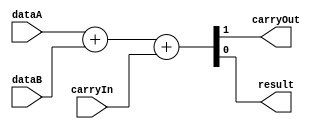
/******************************************************************************
 ** Logisim-evolution goes FPGA automatic generated Verilog code             **
 ** https://github.com/logisim-evolution/                                    **
 **                                                                          **
 ** Component : Adder                                                        **
 **                                                                          **
 *****************************************************************************/

module Adder( carryIn,
              carryOut,
              dataA,
              dataB,
              result );

   /*******************************************************************************
   ** Here all module parameters are defined with a dummy value                  **
   *******************************************************************************/
   parameter extendedBits = 1;
   parameter nrOfBits = 1;

   /*******************************************************************************
   ** The inputs are defined here                                                **
   *******************************************************************************/
   input                carryIn;
   input [nrOfBits-1:0] dataA;
   input [nrOfBits-1:0] dataB;

   /*******************************************************************************
   ** The outputs are defined here                                               **
   *******************************************************************************/
   output                carryOut;
   output [nrOfBits-1:0] result;

   /*******************************************************************************
   ** The wires are defined here                                                 **
   *******************************************************************************/
   wire [extendedBits-1:0] s_extendedDataA;
   wire [extendedBits-1:0] s_extendedDataB;
   wire [extendedBits-1:0] s_sumResult;

   /*******************************************************************************
   ** The module functionality is described here                                 **
   *******************************************************************************/
   assign   {carryOut, result} = dataA + dataB + carryIn;

endmodule
/******************************************************************************
 ** Logisim-evolution goes FPGA automatic generated Verilog code             **
 ** https://github.com/logisim-evolution/                                    **
 **                                                                          **
 ** Component : REGISTER_FLIP_FLOP                                           **
 **                                                                          **
 *****************************************************************************/

module REGISTER_FLIP_FLOP( clock,
                           clockEnable,
                           d,
                           q,
                           reset,
                           tick );

   /*******************************************************************************
   ** Here all module parameters are defined with a dummy value                  **
   *******************************************************************************/
   parameter invertClock = 1;
   parameter nrOfBits = 1;

   /*******************************************************************************
   ** The inputs are defined here                                                **
   *******************************************************************************/
   input                clock;
   input                clockEnable;
   input [nrOfBits-1:0] d;
   input                reset;
   input                tick;

   /*******************************************************************************
   ** The outputs are defined here                                               **
   *******************************************************************************/
   output [nrOfBits-1:0] q;

   /*******************************************************************************
   ** The wires are defined here                                                 **
   *******************************************************************************/
   wire s_clock;

   /*******************************************************************************
   ** The registers are defined here                                             **
   *******************************************************************************/
   reg [nrOfBits-1:0] s_currentState;

   /*******************************************************************************
   ** The module functionality is described here                                 **
   *******************************************************************************/

   assign q = s_currentState;
   assign s_clock = invertClock == 0 ? clock : ~clock;

   always @(posedge s_clock or posedge reset)
   begin
      if (reset) s_currentState <= 0;
      else if (clockEnable&tick) s_currentState <= d;
   end

endmodule
/******************************************************************************
 ** Logisim-evolution goes FPGA automatic generated Verilog code             **
 ** https://github.com/logisim-evolution/                                    **
 **                                                                          **
 ** Component : main                                                         **
 **                                                                          **
 *****************************************************************************/

module main( clk,
             ena,
             rst_n,
             ui_in,
             uio_in,
             uio_oe,
             uio_out,
             uo_out );

   /*******************************************************************************
   ** The inputs are defined here                                                **
   *******************************************************************************/
   input       clk;
   input       ena;
   input       rst_n;
   input [7:0] ui_in;
   input [7:0] uio_in;

   /*******************************************************************************
   ** The outputs are defined here                                               **
   *******************************************************************************/
   output [7:0] uio_oe;
   output [7:0] uio_out;
   output [7:0] uo_out;

   /*******************************************************************************
   ** The wires are defined here                                                 **
   *******************************************************************************/
   wire [7:0] s_logisimBus11;
   wire [7:0] s_logisimBus12;
   wire [7:0] s_logisimBus13;
   wire [7:0] s_logisimBus7;
   wire [7:0] s_logisimBus8;
   wire [7:0] s_logisimBus9;
   wire       s_logisimNet0;
   wire       s_logisimNet10;
   wire       s_logisimNet15;
   wire       s_logisimNet16;
   wire       s_logisimNet2;
   wire       s_logisimNet4;
   wire       s_logisimNet5;

   /*******************************************************************************
   ** The module functionality is described here                                 **
   *******************************************************************************/

   /*******************************************************************************
   ** Here all input connections are defined                                     **
   *******************************************************************************/
   assign s_logisimBus7[7:0] = ui_in;
   assign s_logisimBus9[7:0] = uio_in;
   assign s_logisimNet10     = rst_n;
   assign s_logisimNet4      = clk;

   /*******************************************************************************
   ** Here all output connections are defined                                    **
   *******************************************************************************/
   assign uio_oe  = s_logisimBus11[7:0];
   assign uio_out = s_logisimBus12[7:0];
   assign uo_out  = s_logisimBus13[7:0];

   /*******************************************************************************
   ** Here all in-lined components are defined                                   **
   *******************************************************************************/

   // Constant
   assign  s_logisimNet2  =  1'b1;


   // Constant
   assign  s_logisimNet16  =  1'b1;


   // Constant
   assign  s_logisimBus12[3:0]  =  4'h0;


   // Constant
   assign  s_logisimBus12[7]  =  1'b1;


   // Constant
   assign  s_logisimBus11[7:0]  =  8'hF0;


   // NOT Gate
   assign s_logisimNet5 = ~s_logisimNet10;

   // NOT Gate
   assign s_logisimBus8 = ~s_logisimBus7;

   /*******************************************************************************
   ** Here all normal components are defined                                     **
   *******************************************************************************/
   Adder #(.extendedBits(3),
           .nrOfBits(2))
      ARITH_1 (.carryIn(s_logisimNet2),
               .carryOut(s_logisimBus12[6]),
               .dataA(s_logisimBus9[1:0]),
               .dataB(s_logisimBus9[3:2]),
               .result(s_logisimBus12[5:4]));

   REGISTER_FLIP_FLOP #(.invertClock(0),
                        .nrOfBits(8))
      MEMORY_2 (.clock(s_logisimNet4),
                .clockEnable(s_logisimNet16),
                .d(s_logisimBus8[7:0]),
                .q(s_logisimBus13[7:0]),
                .reset(s_logisimNet5),
                .tick(1'b1));


endmodule

`default_nettype none

module tt_um_as_my_logisim_project(
    input  wire [7:0] ui_in,
    output wire [7:0] uo_out,
    input  wire [7:0] uio_in,
    output wire [7:0] uio_out,
    output wire [7:0] uio_oe,
    input  wire       ena,
    input  wire       clk,
    input  wire       rst_n
);

main CIRCUIT_0(
    .clk(clk),
    .ena(ena),
    .rst_n(rst_n),
    .ui_in(ui_in),
    .uio_in(uio_in),
    .uio_oe(uio_oe),
    .uio_out(uio_out),
    .uo_out(uo_out)
);

endmodule